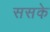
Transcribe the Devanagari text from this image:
ससके